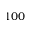
1 0 0